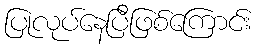
ပြုလုပ်နေပြီဖြစ်ကြောင်း